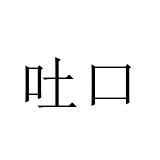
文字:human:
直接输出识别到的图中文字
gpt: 吐口